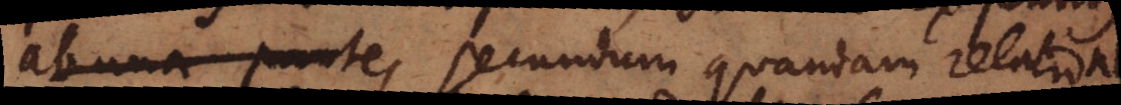
ab una parte, secundum quandam relationem